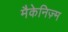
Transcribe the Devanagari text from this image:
मैकेनिज़्म